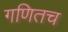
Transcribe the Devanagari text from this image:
गणितच